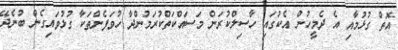
އޮތް ގުޅުމާއި އެ ދެމީހުން އެކުގައި ހާސިލްކުރަން މަސައްކަތްކުރަމުންދާ ހުވަފެންތަކާ ގުޅުވައިގެން ބުނެދޭ